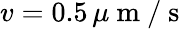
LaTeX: v=0.5\, \mu\mathrm{~m~}/\mathrm{~s~}